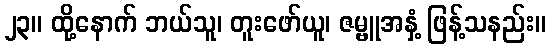
၂၃။ ထို့နောက် ဘယ်သူ၊ တူးဖော်ယူ၊ ဇမ္ဗူအနှံ့ ဖြန့်သနည်း။